Annual administration report of the Civil Veterinary Department of India - 1893-1894
Year: 1893
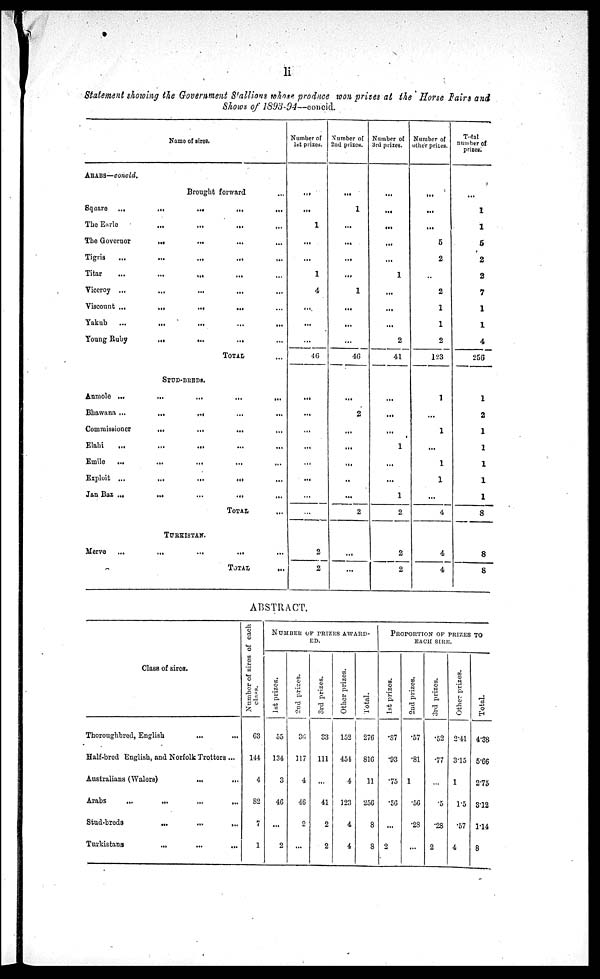
li
Statement showing the Government Stallions whose produce won prizes at the Horse Fairs and
Shows of 1893-94—concld.
Name of sires.
ARABS—concld.
Brought forward
...
Square ... ... ... ... ...
The Earle ... ... ... ...
The Governor ... ... ... ...
Tigris ... ... ... ...
Titar ... ... ... ...
Viceroy ... ... ... ... ...
Viscount ... ... ... ... ...
Yakub
... ... ... ... ...
Young Ruby ... ... ... ...
TOTAL...
STUD-BREDS.
Anmole ... ... ... ... ...
Bhawana ... ... ... ... ...
Commissioner ... ... ... ...
Elahi ... ... ... ... ...
Emile
... ... ... ... ...
Exploit ... ... ... ... ...
Jan Baz ... ... ... ... ...
TOTAL ..
TURKISTAN.
Merve ... ... ... ... ...
TOTAL...
Number of
1st prizes.
...
...
1
...
...
1
4
...
...
...
46
...
...
...
...
...
...
...
...
2
2
Number of
2nd prizes.
...
1
...
...
...
...
1
...
...
...
46
...
2
...
...
...
...
...
2
...
...
Number of
3rd prizes.
...
...
...
...
...
1
...
...
...
2
41
...
...
...
1
...
...
1
2
2
2
Number of
other prizes.
...
...
...
5
2
...
2
1
1
2
123
1
...
1
...
1
1
...
4
4
4
Total
number of
prizes.
...
1
1
5
2
2
7
1
1
4
256
1
2
1
1
1
1
1
8
8
8
ABSTRACT.
Class of sires.
Thoroughbred, English ... ...
Half-bred English, and Norfolk Trottres ...
Australians (Walers)
... ...
Arabs
...
...
...
Stud-breds
...
...
...
Turkistans ... ... ...
Number of sires of each
class.
63
144
4
82
7
1
NUMBER OF PRIZES AWARD-
ED.
1st prizes.
55
134
3
46
...
2
2nd prizes.
36
117
4
46
2
...
3rd prizes.
33
111
...
41
2
2
Other prizes.
152
454
4
123
4
4
Total.
276
816
11
256
8
8
PROPORTION OF PRIZES TO
EACH SIRE.
1st prizes.
.87
.93
.75
.56
...
2
2nd prizes.
.57
.81
1
.56
.28
...
3rd prizes.
.52
.77
.5
.28
2
Other prizes.
2.41
3.15
1
1.5
.57
4
Total.
4.38
5.66
2.75
3.12
1.14
8